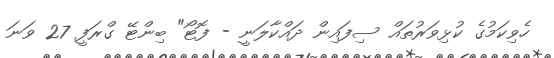
ހެވިކަމުގެ ކުޅިވަރުތައް ސިފައިން ދައްކާލަނީ - ފޮޓޯ" ބިންޓޭ ގްރަފީ 27 ވަނަ